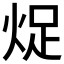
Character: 𱫉